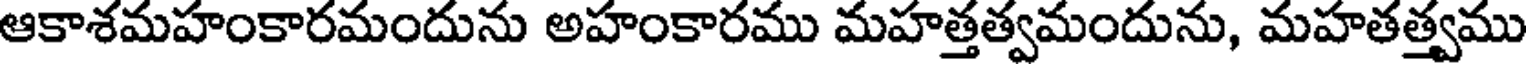
ఆకాశమహంకారమందును అహంకారము మహత్తత్వమందును, మహతత్త్వము